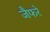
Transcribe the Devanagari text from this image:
जैफरे